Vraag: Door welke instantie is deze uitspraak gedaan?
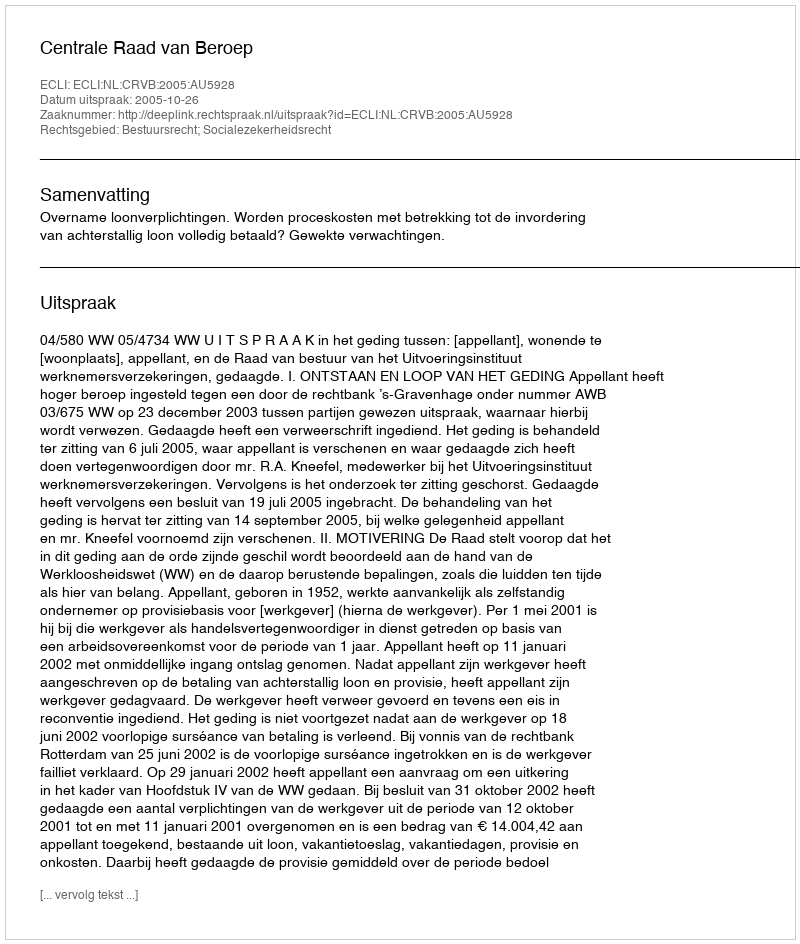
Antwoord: Centrale Raad van Beroep